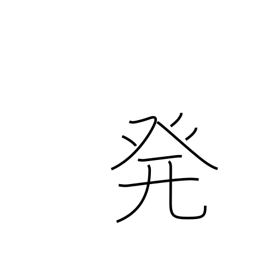
Meaning: start from